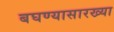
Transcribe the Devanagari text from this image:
बघण्यासारख्या